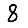
Digit: 8